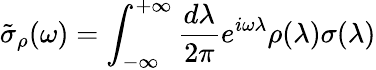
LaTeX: \tilde{\sigma}_{\rho}(\omega)=\int_{-\infty}^{+\infty}\frac{d\lambda}{2\pi}e^{i\omega\lambda}\rho(\lambda)\sigma(\lambda)